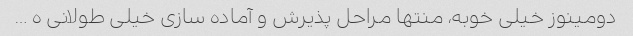
دومینوز خیلی خوبه، منتها مراحل پذیرش و آماده سازی خیلی طولانی ه …